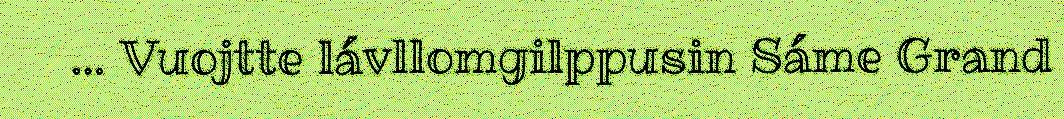
… Vuojtte lávllomgilppusin Sáme Grand